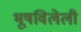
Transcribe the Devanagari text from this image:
भूषविलेली